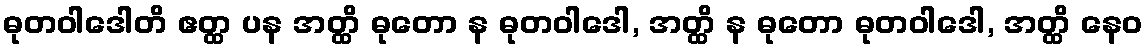
ဓုတဝါဒေါတိ ဧတ္ထ ပန အတ္ထိ ဓုတော န ဓုတဝါဒေါ, အတ္ထိ န ဓုတော ဓုတဝါဒေါ, အတ္ထိ နေဝ